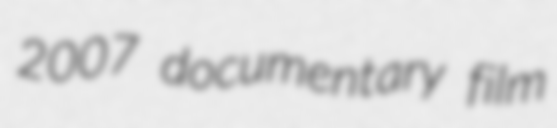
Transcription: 2007 documentary film